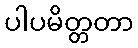
ပါပမိတ္တတာ